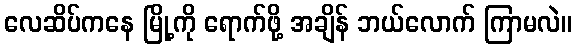
လေဆိပ်ကနေ မြို့ကို ရောက်ဖို့ အချိန် ဘယ်လောက် ကြာမလဲ။